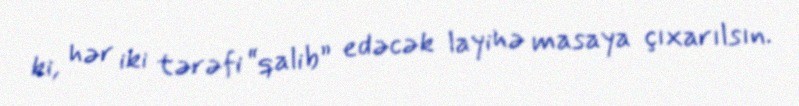
ki, hər iki tərəfi “qalib” edəcək layihə masaya çıxarılsın.